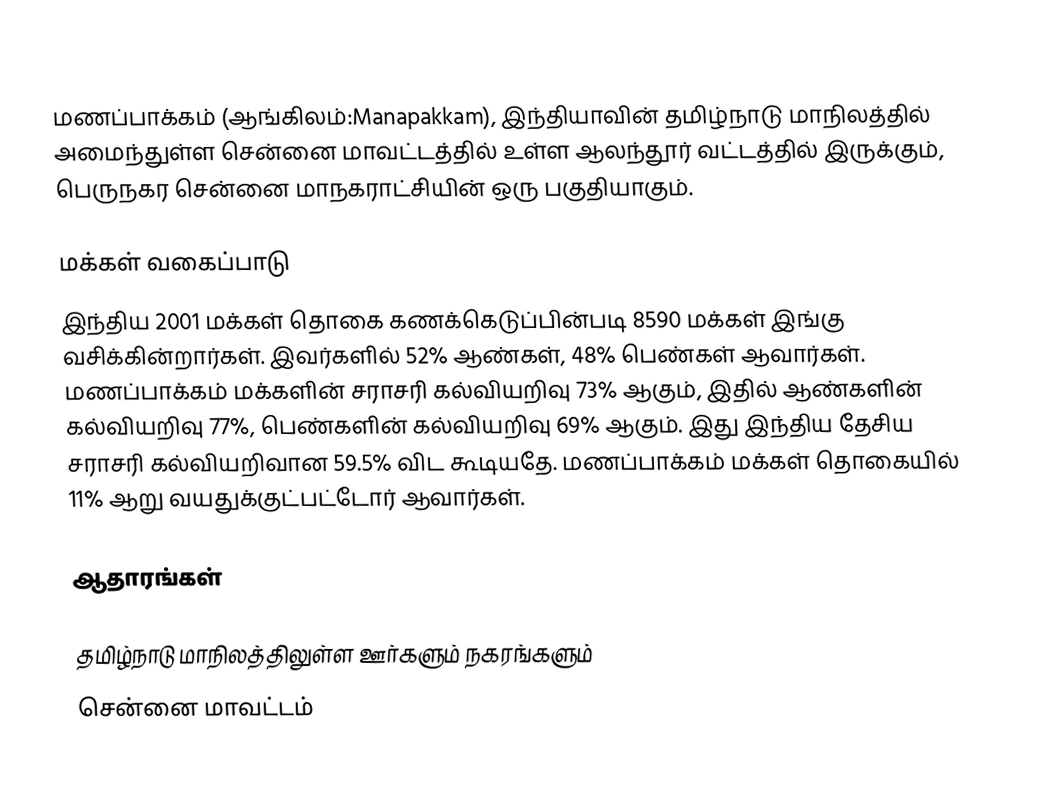
மணப்பாக்கம் (ஆங்கிலம்:Manapakkam), இந்தியாவின் தமிழ்நாடு மாநிலத்தில் அமைந்துள்ள சென்னை மாவட்டத்தில் உள்ள ஆலந்தூர் வட்டத்தில் இருக்கும், பெருநகர சென்னை மாநகராட்சியின் ஒரு பகுதியாகும்.

மக்கள் வகைப்பாடு
இந்திய 2001 மக்கள் தொகை கணக்கெடுப்பின்படி 8590 மக்கள் இங்கு வசிக்கின்றார்கள். இவர்களில் 52% ஆண்கள், 48% பெண்கள் ஆவார்கள். மணப்பாக்கம் மக்களின் சராசரி கல்வியறிவு 73% ஆகும்,  இதில் ஆண்களின் கல்வியறிவு 77%,  பெண்களின் கல்வியறிவு 69% ஆகும். இது இந்திய தேசிய சராசரி கல்வியறிவான 59.5% விட கூடியதே. மணப்பாக்கம் மக்கள் தொகையில் 11%  ஆறு வயதுக்குட்பட்டோர் ஆவார்கள்.

ஆதாரங்கள்

தமிழ்நாடு மாநிலத்திலுள்ள ஊர்களும் நகரங்களும்
சென்னை மாவட்டம்